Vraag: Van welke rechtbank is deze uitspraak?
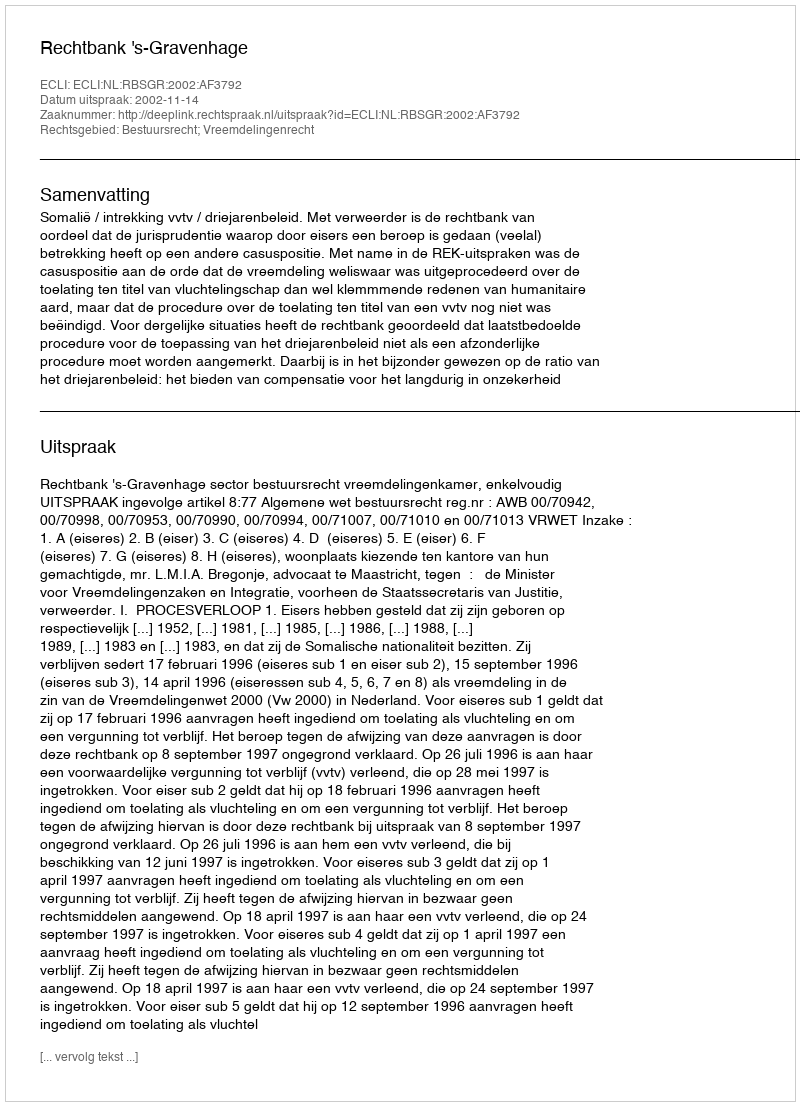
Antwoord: Rechtbank 's-Gravenhage